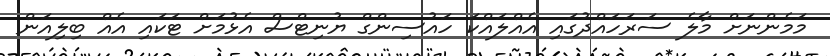
މަމެންނަށް މާލެ ސަރަހައްދުގައި އެއްލައްކަ ހައުސިންގް ޔުނިޓްސް އެޅުމަށް ޓަކައި އެއް ބިލިއަން